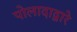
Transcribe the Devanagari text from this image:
पोलादाद्वारे